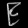
Digit: ၉